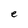
Character: e